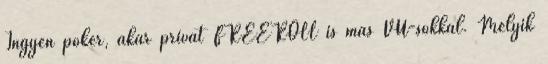
Ingyen póker, akár privát FREEROLL is más VÚ-sokkal. Melyik